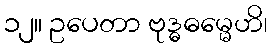
၁၂။ ဥပေတာ ဗုဒ္ဓဓမ္မေဟိ၊